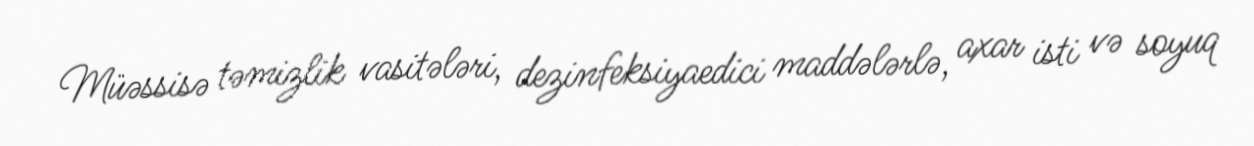
Müəssisə təmizlik vasitələri, dezinfeksiyaedici maddələrlə, axar isti və soyuq